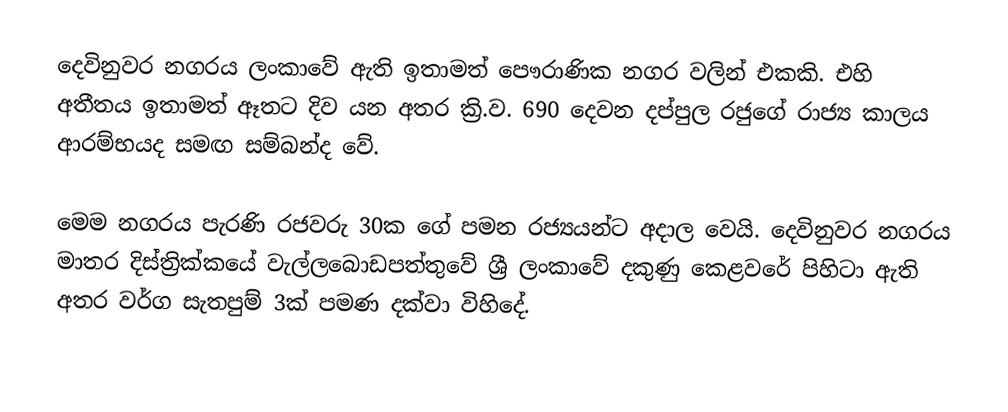
දෙවිනුවර නගරය ලංකාවේ ඇති ඉතාමත් පෞරාණික නගර වලින් එකකි. එහි අතීතය ඉතාමත් ඈතට දිව යන අතර ක්‍රි.ව. 690 දෙවන දප්පුල රජුගේ රාජ්‍ය කාලය ආරම්භයද සමඟ සම්බන්ද වේ.

මෙම නගරය පැරණි රජවරු 30ක ගේ පමන රජ්‍යයන්ට අදාල වෙයි. දෙවිනුවර නගරය මාතර දිස්ත්‍රික්කයේ වැල්ලබොඩපත්තුවේ ශ්‍රී ලංකාවේ දකුණු කෙළවරේ පිහිටා ඇති අතර වර්ග සැතපුම් 3ක් පමණ දක්වා විහිදේ.